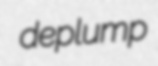
deplump